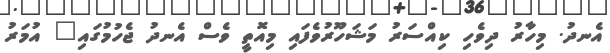
އެނދު. މިހާރު ދިވެހި ކިއްސަރު މަޝަހޫރުވެފައި މިއޮތީ ވެސް އެނދު ޖެހުމުގައި" އުމަރު